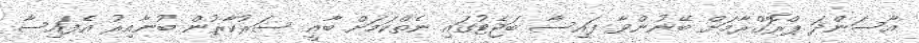
އާސަންދަ ޕްރޮގްރާމަށް ބޭނުންވާ ފައިސާ ބަޖެޓުގައި ނެތްކަމަށް ބާޣީ ސަރުކާރުން ބުނާއިރު އެފައިސާ